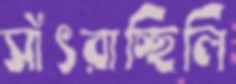
সাঁৎরাচ্ছিলি